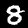
Digit: 8